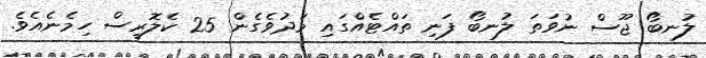
ލުނބޯ ޖޫސް ނުވަތަ ލުނބޯ ފަނި ތައްޓެއްގައި މަދުވެގެން 25 ކެލޮރީސް ހިމެނެއެވެ.